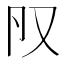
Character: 𠬨